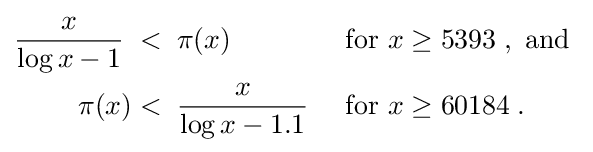
{\begin{aligned}{\frac {x}{\log x-1}}\;&<\;\pi (x)&&{\text{ for }}x\geq 5393\;,{\text{ and }}\\\pi (x)&<\;{\frac {x}{\log x-1.1}}&&{\text{ for }}x\geq 60184\;.\end{aligned}}